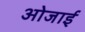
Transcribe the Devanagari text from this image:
ओजाई